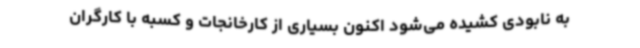
به نابودی کشیده می‌شود اکنون بسیاری از کارخانجات و کسبه با کارگران